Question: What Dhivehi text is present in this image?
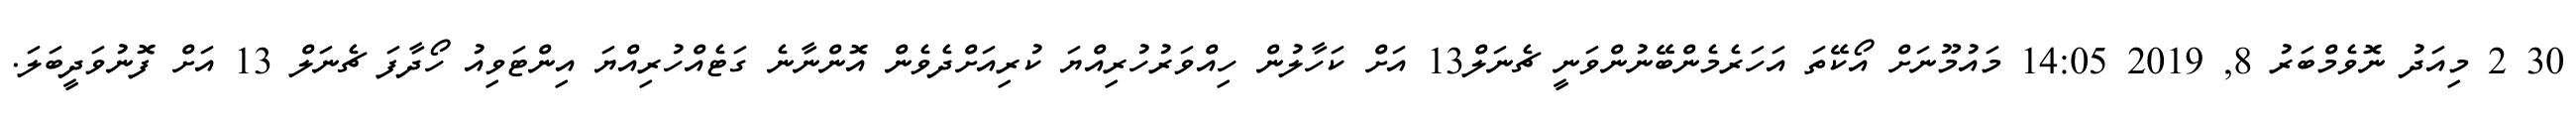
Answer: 30 2 މިއަދު ނޮވެމްބަރު 8, 2019 14:05 މައުމޫނަށް އޯކޭތަ އަހަރެމެންބޭނުންވަނީ ޗެނަލް13 އަށް ކަހާލުން ހިއްވަރުހުރިއްޔަ ކުރިއަށްދެވެން އޮންނާނެ ގަޓެއްހުރިއްޔަ އިންޓަވިއު ހޯދާފަ ޗެނަލް 13 އަށް ފޮނުވަދީބަލަ.